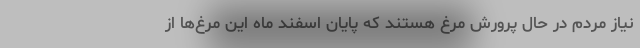
نیاز مردم در حال پرورش مرغ هستند که پایان اسفند ماه این مرغ‌ها از